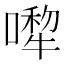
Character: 𠾆